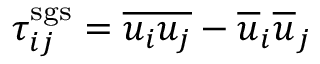
\tau _ { i j } ^ { \mathrm { s g s } } = \overline { { u _ { i } u _ { j } } } - \overline { { u } } _ { i } \overline { { u } } _ { j }